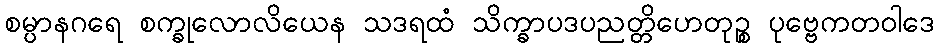
စမ္ပာနဂရေ စက္ခုလောလိယေန သဒရထံ သိက္ခာပဒပညတ္တိဟေတုဉ္စ ပုဗ္ဗေကတဝါဒေ